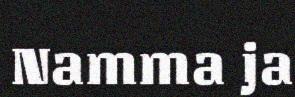
Namma ja